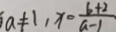
a \neq 1 , x = \frac { b + 2 } { a - 1 }